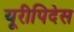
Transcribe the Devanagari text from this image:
यूरीपिदेस